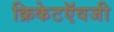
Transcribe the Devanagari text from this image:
क्रिकेटऍवजी